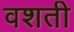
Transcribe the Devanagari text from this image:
वशती